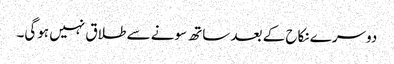
دوسرے نکاح کے بعد ساتھ سونے سے طلاق نہیں ہوگی۔